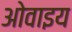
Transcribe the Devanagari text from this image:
ओवाइय